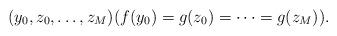
LaTeX: \begin{align*}(y_0, z_0, \dots, z_M) (f(y_0) = g(z_0) = \dots = g(z_M)).\end{align*}